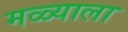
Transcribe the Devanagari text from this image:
मळ्याला